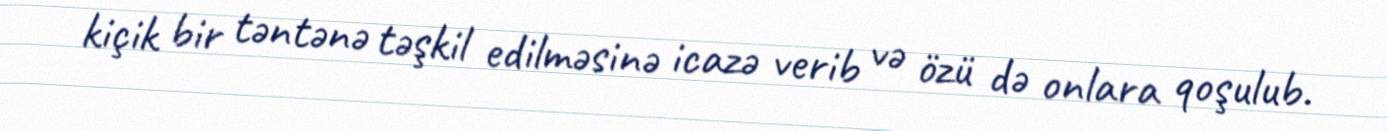
kiçik bir təntənə təşkil edilməsinə icazə verib və özü də onlara qoşulub.